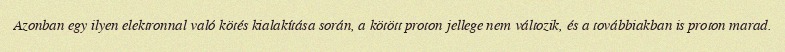
Azonban egy ilyen elektronnal való kötés kialakítása során, a kötött proton jellege nem változik, és a továbbiakban is proton marad.